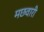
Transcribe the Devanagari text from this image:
मछवारी